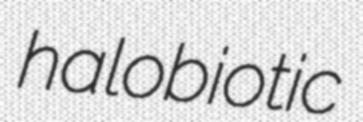
halobiotic